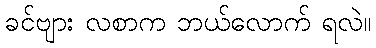
ခင်ဗျား လစာက ဘယ်လောက် ရလဲ။